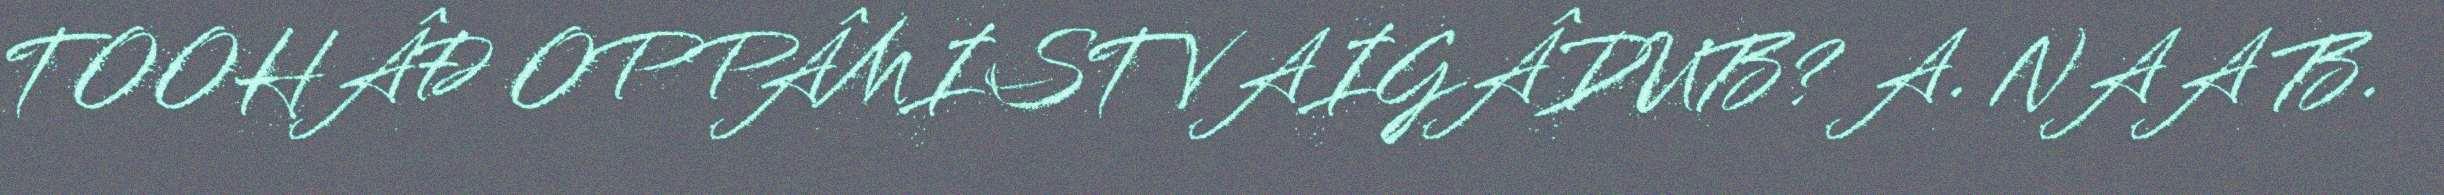
TOOHÂĐ OPPÂMIST VAIGÂDUB? A. NAA B.